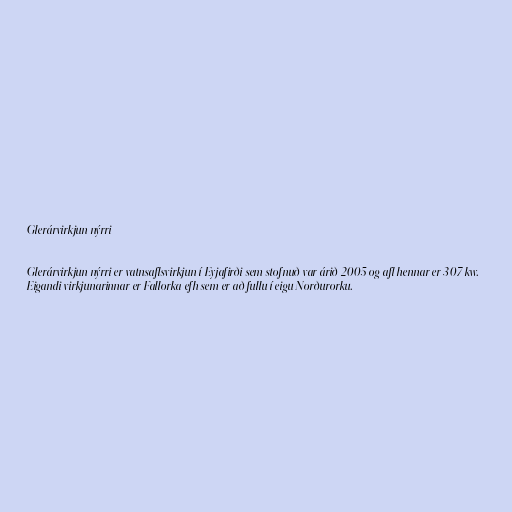
Glerárvirkjun nýrri

Glerárvirkjun nýrri er vatnsaflsvirkjun í Eyjafirði sem stofnuð var árið 2005 og afl hennar er 307 kw.
Eigandi virkjunarinnar er Fallorka efh sem er að fullu í eigu Norðurorku.